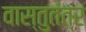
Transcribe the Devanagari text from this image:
वास्तुतंत्र